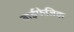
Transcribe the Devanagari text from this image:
बाईफेजिक